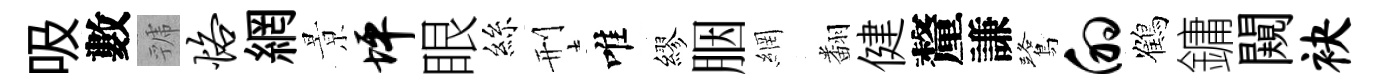
吸數虢恪網㬌坪眼絲刑唯繆胭網翻健釐謙鷺的鶴鏞闚袂